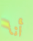
أنا